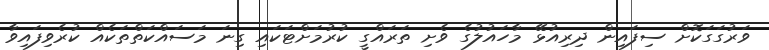
ވަރުގަގަކޮށް ސިފައިން ދިރިއުޅޭ މާހައުލުގެ ވެށި ތަރައްގީ ކުރުމަށްޓަކައި ގިނަ މަސައްކަތްތަކެއް ކުރެވިފައިވާ